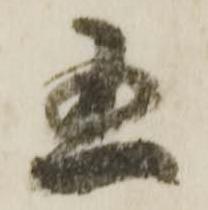
五